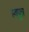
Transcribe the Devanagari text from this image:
स्वपुत्र